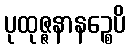
ပုထုဇ္ဇနာနဉ္စေပိ